Leningradi_Edasi_toimetus, lk 39
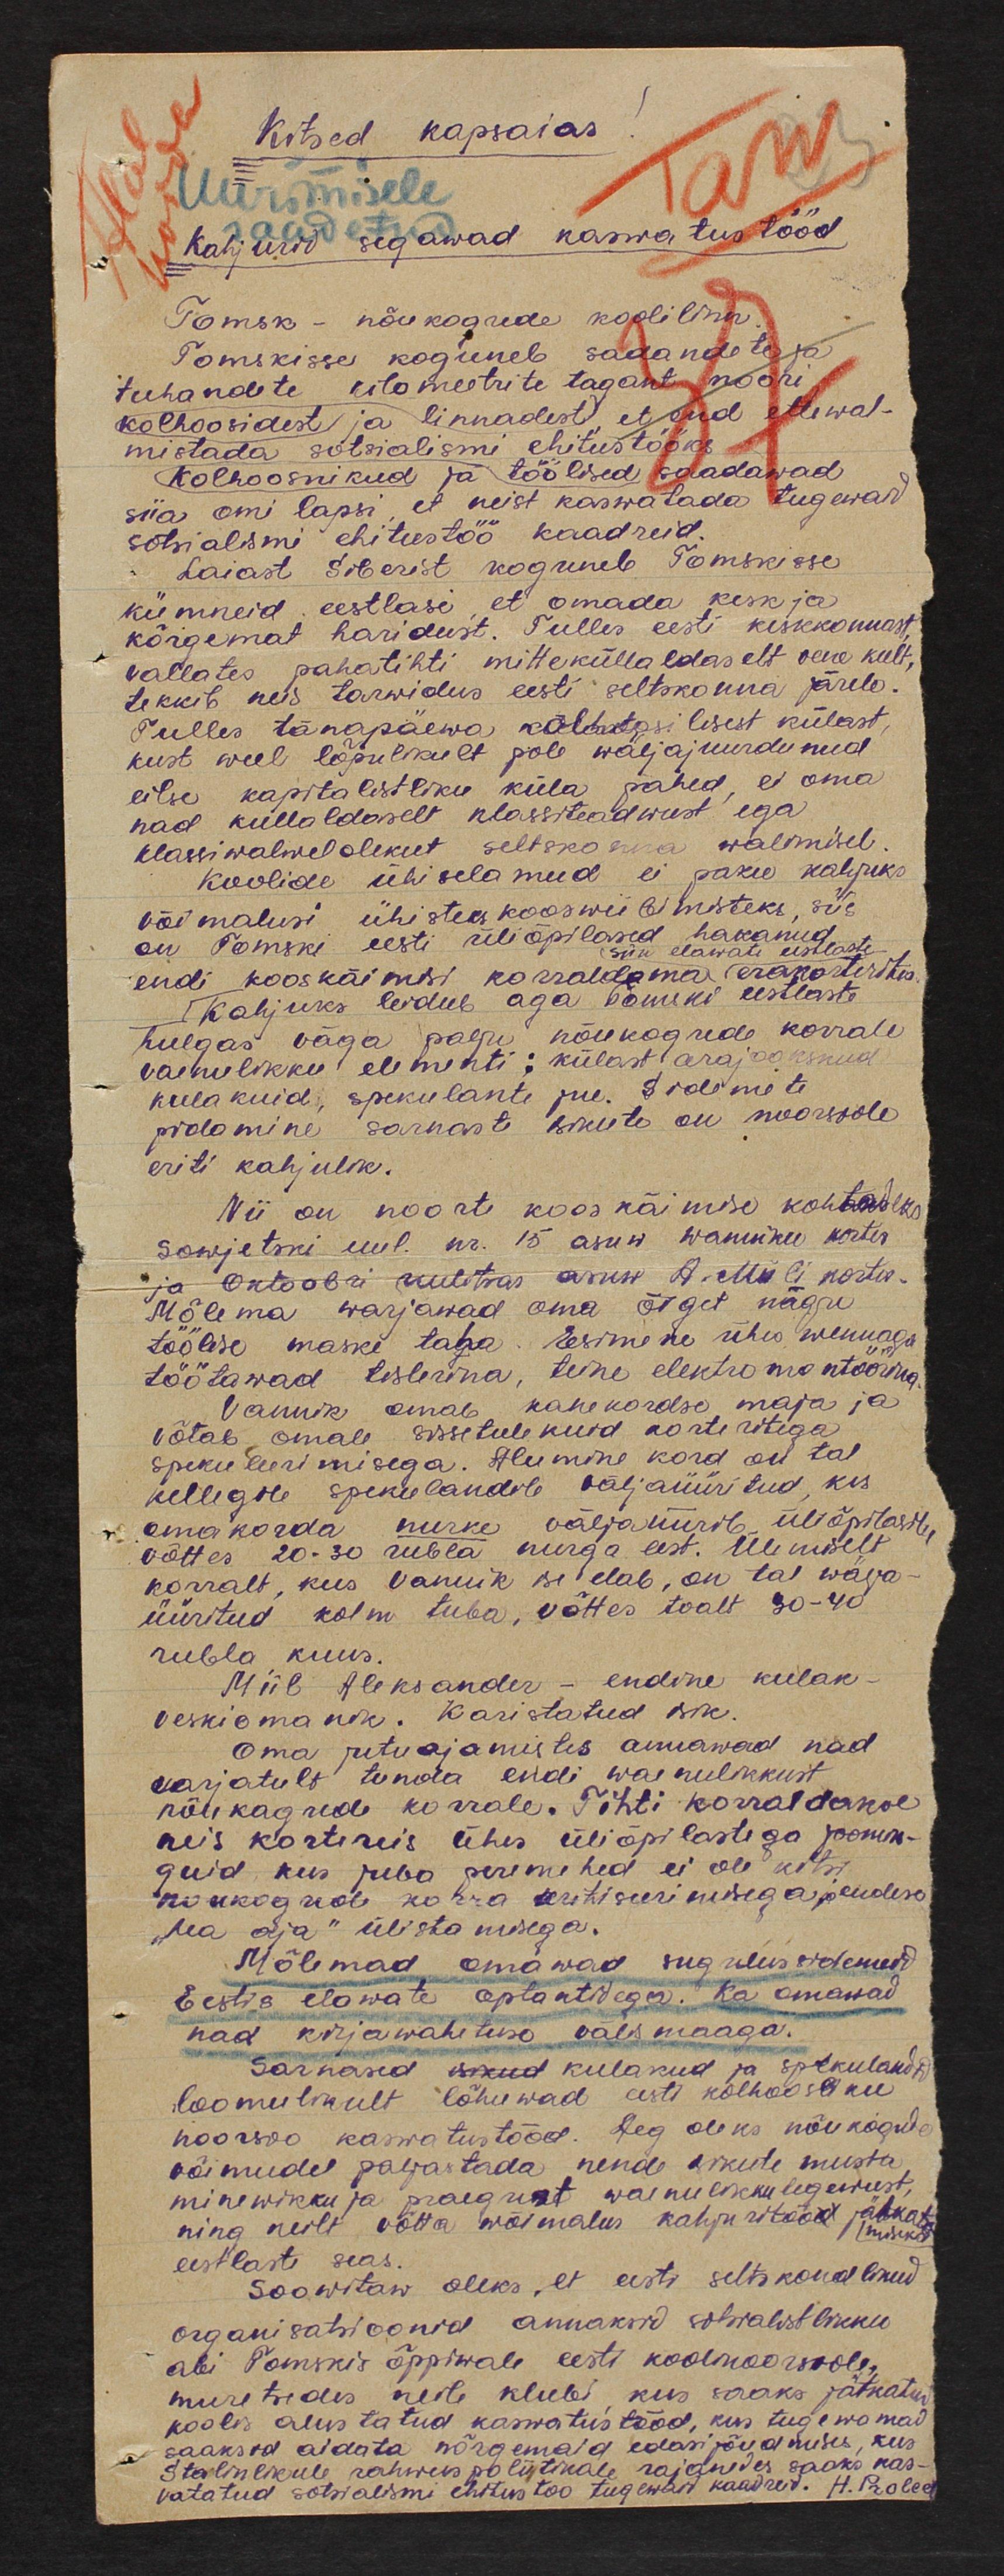
Kitsed kapsaias!
Uurimisele
Kahjurid segawad kaswatus tööd
Tomsk - nõukogude koolilinn.
Tomskisse koguneb sadandeta ja
tuhandete kilomeetrite tagant noori
kolhoosidest ja linnadest, et end ettewal-
mistada sotsialismi ehitustööks
Kolhoosnikud ja töölised saadawad
siia omi lapsi, et neist kaswatada tugewaid
sotsialismi ehitustöö kaadreid.
Laiast Siberist koguneb Tomskisse
kümneid eestlasi, et omada kesk ja
kõrgemat haridust. Tulles eesti keskkonnast,
vallates pahatihti mitteküllaldaselt vene keelt,
tekkib neis tarwidus eesti seltskonna järele.
Tulles tänapäewa kõl... lisest külast,
kust weel lõplikult pole wäljajuurdunud
eilse kapitalistliku küla pahed, ei oma
nad küllaldaselt klassiteadwust ega
klassiwalwelolekut seltskonna walimisel.
Koolide ühiselamud ei paku kahjuks
võimalusi ühisteks kooswiibimisteks, siis
on Tomski eesti üliõpilased hakanud
siin elawate eestlaste
endi kooskäimisi korraldama erakorterites.
Kahjuks leidub aga Tomski eestlaste
hulgas väga palju nõukogude korrale
vaenulikku elementi: külast arajooksnud
kulakuid, spekulante jne. Sidemete
pidamine sarnast isikute on noorsoole
eriti kahjulik.
Nii on noorte koos käimise kohtadeks
Sowjetski uul. nr. 15 asuw Wanniku korter
ja Oktoobri uulitsas asuw A. Müli korter.
Mõlema warjawad oma õiget nägu
töölise maske taha. Esimene ühes wennaga
töötawad tislerina, teine elektromontöörina
Vannik omab kahekordse maja ja
võtab omale sissetulekuid korteritega
spekuleerimisega. Alumine kord on tal
kellegile spekulandile väljaüüritud, kes
omakorda nurke välja üürib üliõpilastele,
võttes 20-30 rubla nurga eest. Ülemiselt
korruselt, kus Vannik ise elab, on tal välja-
üüritud kolm tuba, võttes toalt 30-40
rubla kuus.
Miil Aleksander – endine kulak -
veski omanik. Karistatud isik.
oma jutuajamistes annawad nad
varjatult tunda endi waenulikkust
nõukogude korrale. Tihti korraldakse
neis korteris ühes üliõpilastega joomin-
guid kus juba peremehed ei ole kitsi
nõukogude korra kritiseerimisega ja endise
"hea aja" ülistamisega.
Mõlemad omavad sugulussidemeid
Eestis elawate optantidega. Ka omawad
nad kirjawahetuse välismaaga.
Sarnased isikud kulakud ja spekulandid
loomulikult lõhuwad eesti kolhoosoliku
noorsoo kaswatustööd. Aeg oleks nõukogude
võimudel paljastada nende isikute musta
minewikku ja praegust waenulikku tegewust,
ning neilt võtta wõimalus kahjuritööd jätkat
miseks
eestlaste seas
Soowitataw oleks, et seltskondlikud
organisatsioonid annaksid sotsialistlikku
abi Tomskis õppiwale eesti koolinoorsoole,
muretsedes neile klubi, kus saaks jätkatud
koolis alustatud kaswatustööd, kus tugewamad
saaksid aidata nõrgemaid edasi jõudmises, kus
Stalinlikule rahwuspoliitikale rajanedes saaks kas-
vatatud sotsialismi ehitustöö tugewaid kaadreid. H. Pralee